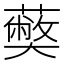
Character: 𮒥